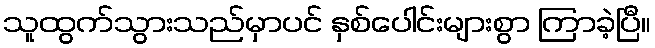
သူထွက်သွားသည်မှာပင် နှစ်ပေါင်းများစွာ ကြာခဲ့ပြီ။